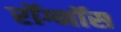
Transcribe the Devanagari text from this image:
रॉग्नॉस